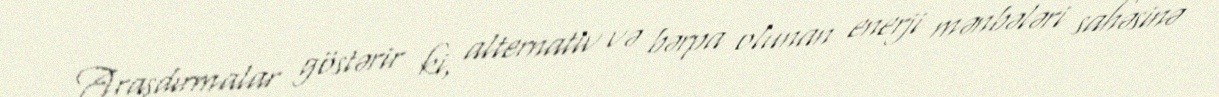
Araşdırmalar göstərir ki, alternativ və bərpa olunan enerji mənbələri sahəsinə